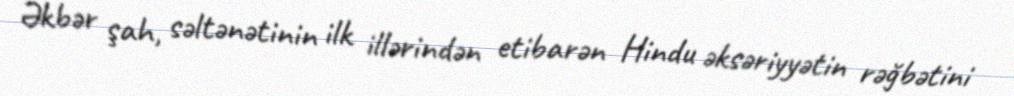
Əkbər şah, səltənətinin ilk illərindən etibarən Hindu əksəriyyətin rəğbətini